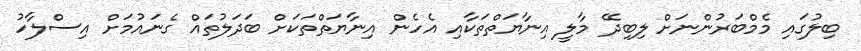
ބިލުގައި މެމްބަރުންނަށް ލިބިދޭ މާލީ އިނާޔަތްތަކާއި އެހެން އިނާޔަތްތަކަށް ބަދަލުތައް ގެނައުމަށް އިސްލާހު